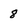
Character: 8